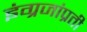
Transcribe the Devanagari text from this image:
इंग्रजांप्रती